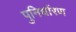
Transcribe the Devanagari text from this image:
पुनिर्धारण